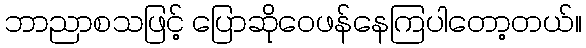
ဘာညာစသဖြင့် ပြောဆိုဝေဖန်နေကြပါတော့တယ်။